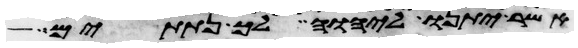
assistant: אשר יתנו ליהוה לך נתתים